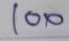
100